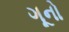
ગૂનો